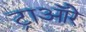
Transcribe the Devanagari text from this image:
ट्राऑरे